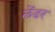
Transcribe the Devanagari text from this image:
लेंडर